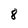
Character: 8